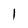
Character: l